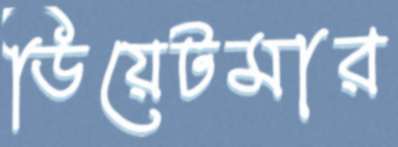
ডিয়েটমার